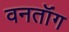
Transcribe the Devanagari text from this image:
वनतॉंग